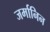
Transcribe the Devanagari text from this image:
जर्मानिन